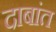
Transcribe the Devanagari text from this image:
दाबांत